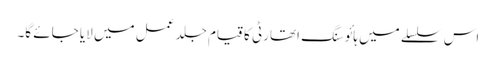
اس سلسلے میں ہائوسنگ اتھارٹی کا قیام جلد عمل میں لایا جائے گا۔